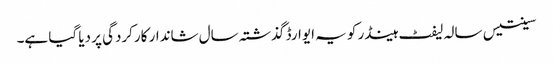
سینتیس سالہ لیفٹ ہینڈر کو یہ ایوارڈ گذشتہ سال شاندار کارکردگی پر دیا گیا ہے۔